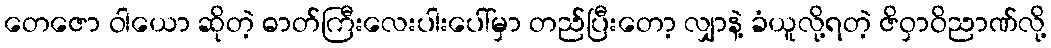
တေဇော ဝါယော ဆိုတဲ့ ဓာတ်ကြီးလေးပါးပေါ်မှာ တည်ပြီးတော့ လျှာနဲ့ ခံယူလို့ရတဲ့ ဇိဝှာဝိညာဏ်လို့